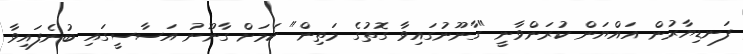
ފަނޑިޔާރުން އައްޔަން ކުރަންވާނީ "ގާނޫނުގައިވާ ގޮތުގެ މަތިން" ކަމަށް ގާނޫނު އަސާސީގައި ބުނެފައިވާ